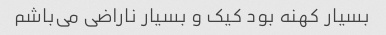
بسیار کهنه بود کیک و بسیار ناراضی می‌باشم